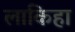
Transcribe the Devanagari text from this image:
लाकिहा